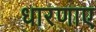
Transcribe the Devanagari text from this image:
धारणाए